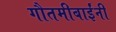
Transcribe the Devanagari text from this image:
गौतमीबाईंनी